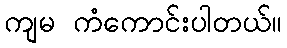
ကျမ ကံကောင်းပါတယ်။